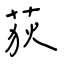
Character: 荻